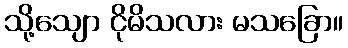
သို့သျော ငိုမိသလား မသခြော။